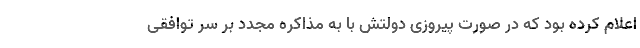
اعلام کرده بود که در صورت پیروزی دولتش با به مذاکره مجدد بر سر توافقی